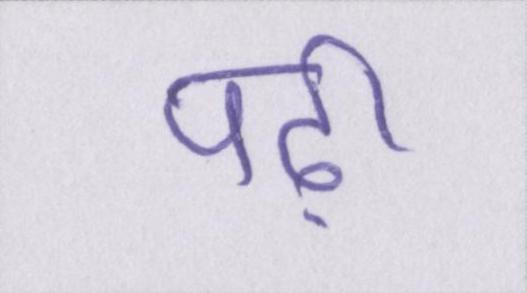
पढ़ी